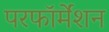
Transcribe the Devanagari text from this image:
परफॉर्मेंशन